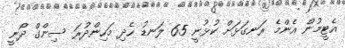
އެޓީމުން އެންމެ ރަނގަޅަށް ކުޅުނީ 65 ލަނޑު ހެދި މަހިންދުރަ ސިންގް ދޯނީ